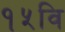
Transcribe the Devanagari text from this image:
१५वि